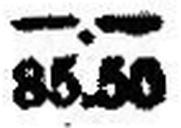
85.50